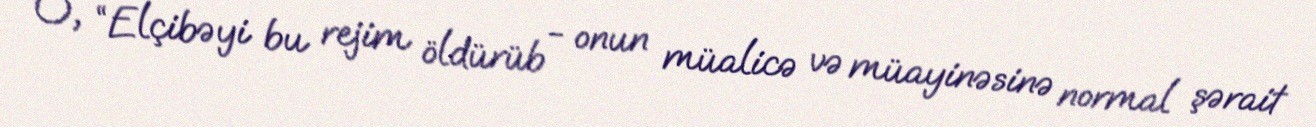
O, “Elçibəyi bu rejim öldürüb - onun müalicə və müayinəsinə normal şərait